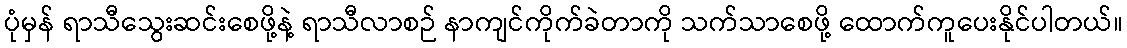
ပုံမှန် ရာသီသွေးဆင်းစေဖို့နဲ့ ရာသီလာစဉ် နာကျင်ကိုက်ခဲတာကို သက်သာစေဖို့ ထောက်ကူပေးနိုင်ပါတယ်။